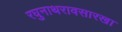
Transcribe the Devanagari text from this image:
रघुनाथरावसारखा